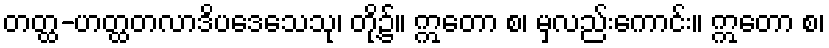
တတ္ထ-ဟတ္ထတလာဒိပဒေသေသု၊ တို့၌။ ဣတော စ၊ မှလည်းကောင်း။ ဣတော စ၊